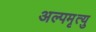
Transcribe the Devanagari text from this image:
अल्पमृत्यु